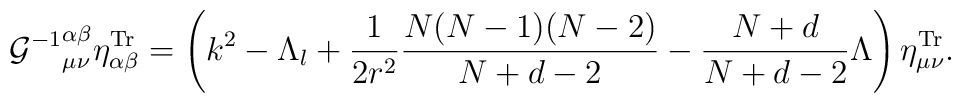
{{\cal G}^{-1}}^{\alpha\beta}_{\mu\nu}\eta^{\rm Tr}_{\alpha\beta}=\left(k^{2}-\Lambda_{l}+\frac{1}{2r^{2}}\frac{N(N-1)(N-2)}{N+d-2}-\frac{N+d}{N+d-2}\Lambda\right)\eta^{\rm Tr}_{\mu\nu}.